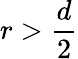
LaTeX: r>\frac{d}{2}